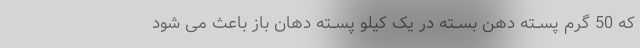
که 50 گرم پســته دهن بســته در یک کیلو پســته دهان باز باعث مى شود